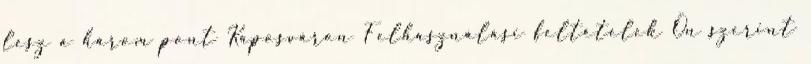
lesz a három pont Kaposváron Felhasználási feltételek Ön szerint